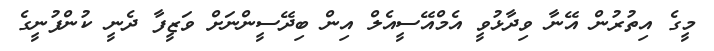
މީގެ އިތުރުން އޭނާ ވިދާޅުވީ އެމްއޭސީއެލް އިން ބިދޭސީންނަށް ވަޒީފާ ދެނީ ކުންފުނީގެ